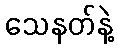
သေနတ်နဲ့